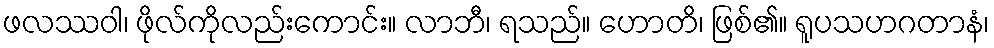
ဖလဿဝါ၊ ဖိုလ်ကိုလည်းကောင်း။ လာဘီ၊ ရသည်။ ဟောတိ၊ ဖြစ်၏။ ရူပသဟဂတာနံ၊